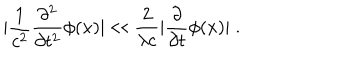
| \frac { 1 } { c ^ { 2 } } \frac { \partial ^ { 2 } } { \partial t ^ { 2 } } \phi ( x ) | \ll \frac { 2 } { \lambda c } | \frac { \partial } { \partial t } \phi ( x ) | \; .